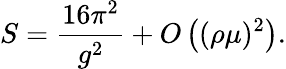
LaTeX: S=\frac{16\pi^{2}}{g^{2}}+O\left((\rho\mu)^{2}\right).